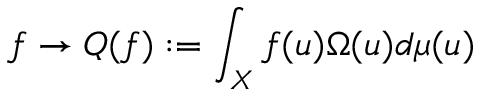
f \rightarrow Q ( f ) : = \int _ { X } f ( u ) \Omega ( u ) d \mu ( u )